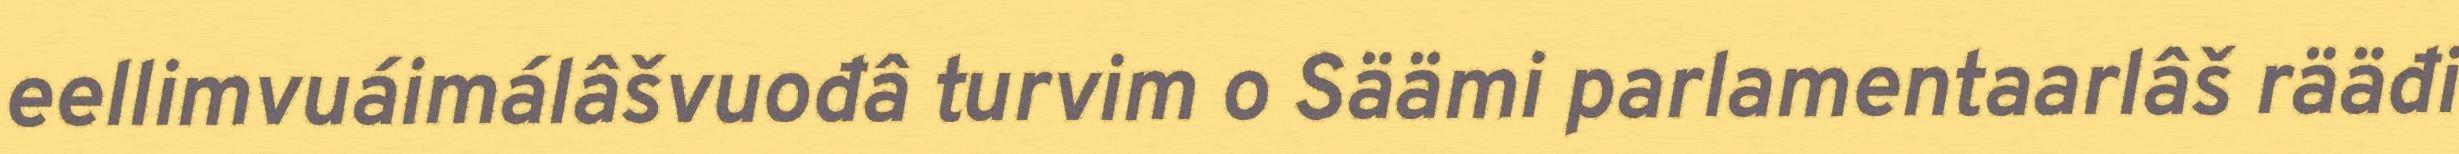
eellimvuáimálâšvuođâ turvim o Säämi parlamentaarlâš rääđi